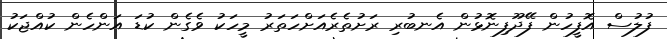
ފުލުސް އޮފީހުން ފޭދޫފިނޮޅުން އެނބުރި ރަށުތެރެއަށްހަތަރު މީހަކު ވެގެން ކުޑަ އަންހެން ކުއްޖަކު